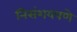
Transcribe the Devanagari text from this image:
निसंशयपणे